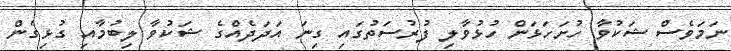
ނަމަވެސް ޝަކުވާ ހުށަަހަޅަން ހުޅުވާލި ފުރުސަތުގައި ގިނަ އަދަދެއްގެ ޝަކުވާ ލިބުމާއި ގުޅިގެން